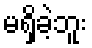
မရှိခဲ့ဘူး